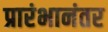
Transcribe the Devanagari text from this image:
प्रारंभानंतर